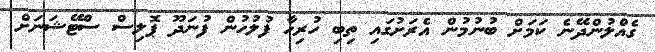
ގެއްލުންދޭނެ ކަމަށް ބުނުމުން އެރަށުގައި ތިބި ހުރިހާ ފުލުހުން ފުނަދޫ ޕޮލިސް ސްޓޭޝަނަށް